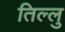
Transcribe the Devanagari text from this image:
तिल्लु